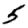
Digit: 5